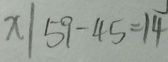
x \vert 5 9 - 4 5 = 1 4